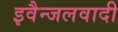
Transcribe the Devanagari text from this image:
इवैन्जलवादी